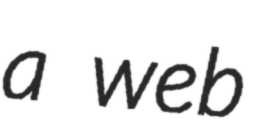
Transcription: a web